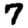
Digit: 7